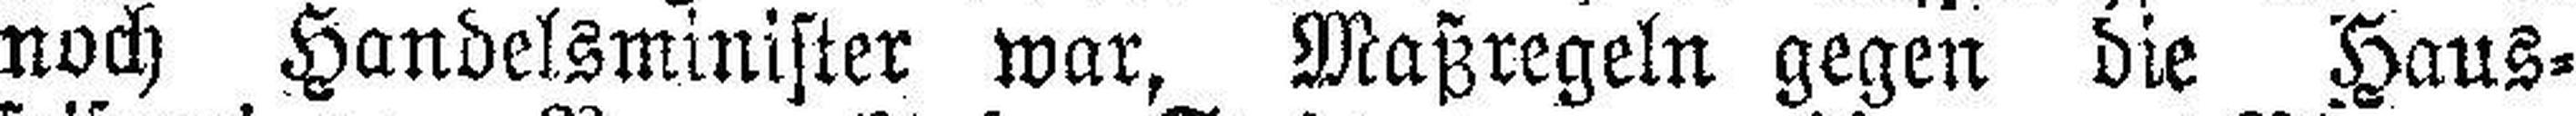
noch Handelsminister war, Maßregeln gegen die Haus¬